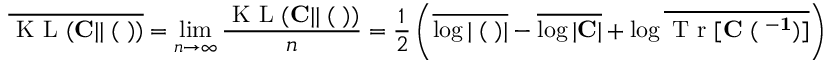
\overline { { \mathrm { ~ K ~ L ~ } ( { \bf C } | | { \bf \Xi } ( { \bf \Lambda } ) ) } } = \operatorname* { l i m } _ { n \to \infty } \frac { \mathrm { ~ K ~ L ~ } ( { \bf C } | | { \bf \Xi } ( { \bf \Lambda } ) ) } { n } = \frac { 1 } { 2 } \left( \overline { { \log | { \bf \Xi } ( { \bf \Lambda } ) | } } - \overline { { \log | { \bf C } | } } + \log \overline { { \mathrm { ~ T ~ r ~ } [ \bf { C \Xi } ( { \bf \Lambda } ^ { - 1 } ) ] } } \right)